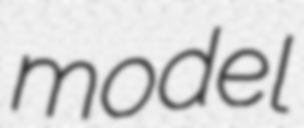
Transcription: model